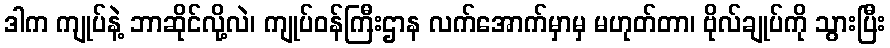
ဒါက ကျုပ်နဲ့ ဘာဆိုင်လို့လဲ၊ ကျုပ်ဝန်ကြီးဌာန လက်အောက်မှာမှ မဟုတ်တာ၊ ဗိုလ်ချုပ်ကို သွားပြီး